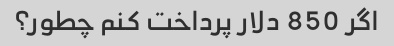
اگر 850 دلار پرداخت کنم چطور؟